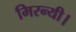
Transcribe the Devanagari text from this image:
मिरन्यी।